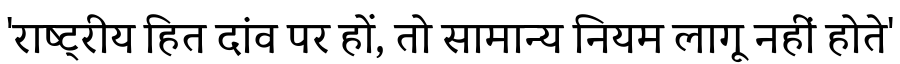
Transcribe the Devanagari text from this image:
'राष्ट्रीय हित दांव पर हों, तो सामान्य नियम लागू नहीं होते'